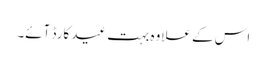
اس کے علاوہ بہت عید کارڈ آئے۔